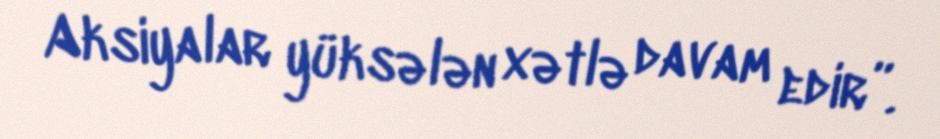
Aksiyalar yüksələn xətlə davam edir”.